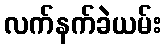
လက်နက်ခဲယမ်း